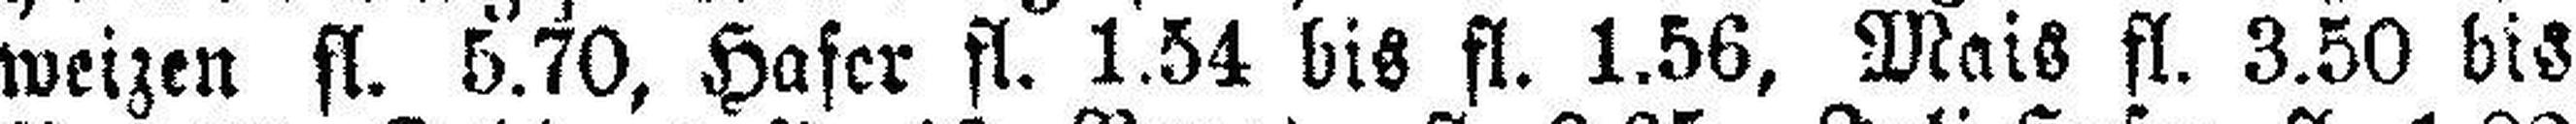
weizen fl. 5.70, Hafer fl. 1.54 bis fl. 1.56, Mais fl. 3.50 bis